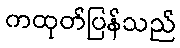
ကထုတ်ပြန်သည်